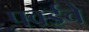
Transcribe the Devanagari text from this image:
पवईचे